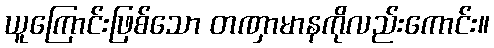
ယူကြောင်းဖြစ်သော တဏှာမာနကိုလည်းကောင်း။